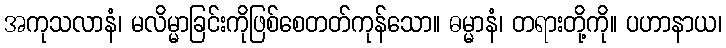
အကုသလာနံ၊ မလိမ္မာခြင်းကိုဖြစ်စေတတ်ကုန်သော။ ဓမ္မာနံ၊ တရားတို့ကို။ ပဟာနာယ၊